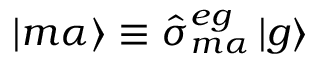
\mathinner { | { m \alpha } \rangle } \equiv \hat { \sigma } _ { m \alpha } ^ { e g } \mathinner { | { g } \rangle }